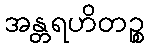
အန္တရဟိတဉ္စ